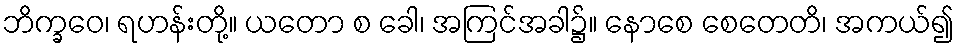
ဘိက္ခဝေ၊ ရဟန်းတို့။ ယတော စ ခေါ၊ အကြင်အခါ၌။ နောစေ စေတေတိ၊ အကယ်၍